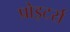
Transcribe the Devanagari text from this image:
प्रोइटर्स